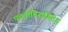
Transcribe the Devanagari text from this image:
पदवीविराजितेन